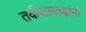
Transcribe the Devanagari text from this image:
तर्कशास्त्रज्ञांनी